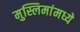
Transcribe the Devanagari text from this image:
मुस्लिमांमध्ये